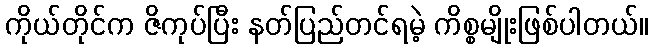
ကိုယ်တိုင်က ဇိကုပ်ပြီး နတ်ပြည်တင်ရမဲ့ ကိစ္စမျိုးဖြစ်ပါတယ်။